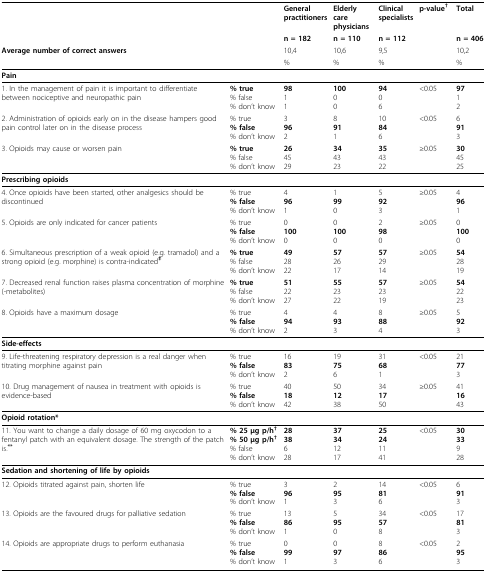
<table><thead><tr><td>[EMPTY_CELL]</td><td>[EMPTY_CELL]</td><td><b>General practitioners</b></td><td><b>Elderly care physicians</b></td><td><b>Clinical specialists</b></td><td><b>p-value<sup>†</sup></b></td><td><b>Total</b></td></tr><tr><td>[EMPTY_CELL]</td><td>[EMPTY_CELL]</td><td><b>n = 182</b></td><td><b>n = 110</b></td><td><b>n = 112</b></td><td>[EMPTY_CELL]</td><td><b>n = 406</b></td></tr><tr><td><b>Average number of correct answers</b></td><td>[EMPTY_CELL]</td><td><b>10,4</b></td><td><b>10,6</b></td><td><b>9,5</b></td><td>[EMPTY_CELL]</td><td><b>10,2</b></td></tr><tr><td>[EMPTY_CELL]</td><td>[EMPTY_CELL]</td><td><b>%</b></td><td><b>%</b></td><td><b>%</b></td><td>[EMPTY_CELL]</td><td><b>%</b></td></tr></thead><tbody><tr><td><b>Pain</b></td><td>[EMPTY_CELL]</td><td>[EMPTY_CELL]</td><td>[EMPTY_CELL]</td><td>[EMPTY_CELL]</td><td>[EMPTY_CELL]</td><td>[EMPTY_CELL]</td></tr><tr><td>1. In the management of pain it is important to differentiate between nociceptive and neuropathic pain</td><td><b>% true</b>% false% don't know</td><td><b>98</b>11</td><td><b>100</b>00</td><td><b>94</b>06</td><td>&lt;0.05</td><td><b>97</b>12</td></tr><tr><td>2. Administration of opioids early on in the disease hampers good pain control later on in the disease process</td><td>% true<b>% false</b>% don't know</td><td>3<b>96</b>2</td><td>8<b>91</b>1</td><td>10<b>84</b>6</td><td>&lt;0.05</td><td>6<b>91</b>3</td></tr><tr><td>3. Opioids may cause or worsen pain</td><td><b>% true</b>% false% don't know</td><td><b>26</b>4529</td><td><b>34</b>4323</td><td><b>35</b>4322</td><td>≥0.05</td><td><b>30</b>4525</td></tr><tr><td><b>Prescribing opioids</b></td><td>[EMPTY_CELL]</td><td>[EMPTY_CELL]</td><td>[EMPTY_CELL]</td><td>[EMPTY_CELL]</td><td>[EMPTY_CELL]</td><td>[EMPTY_CELL]</td></tr><tr><td>4. Once opioids have been started, other analgesics should be discontinued</td><td>% true<b>% false</b>% don't know</td><td>4<b>96</b>1</td><td>1<b>99</b>0</td><td>5<b>92</b>3</td><td>≥0.05</td><td>4<b>96</b>1</td></tr><tr><td>5. Opioids are only indicated for cancer patients</td><td>% true<b>% false</b>% don't know</td><td>0<b>100</b>0</td><td>0<b>100</b>0</td><td>2<b>98</b>0</td><td>≥0.05</td><td>0<b>100</b>0</td></tr><tr><td>6. Simultaneous prescription of a weak opioid (e.g. tramadol) and a strong opioid (e.g. morphine) is contra-indicated<sup><b>‡</b></sup></td><td><b>% true</b>% false% don't know</td><td><b>49</b>2822</td><td><b>57</b>2617</td><td><b>57</b>2914</td><td>≥0.05</td><td><b>54</b>2819</td></tr><tr><td>7. Decreased renal function raises plasma concentration of morphine(-metabolites)</td><td><b>% true</b>% false% don't know</td><td><b>51</b>2227</td><td><b>55</b>2322</td><td><b>57</b>2319</td><td>≥0.05</td><td><b>54</b>2223</td></tr><tr><td>8. Opioids have a maximum dosage</td><td>% true<b>% false</b>% don't know</td><td>4<b>94</b>2</td><td>4<b>93</b>3</td><td>8<b>88</b>4</td><td>≥0.05</td><td>5<b>92</b>3</td></tr><tr><td><b>Side-effects</b></td><td>[EMPTY_CELL]</td><td>[EMPTY_CELL]</td><td>[EMPTY_CELL]</td><td>[EMPTY_CELL]</td><td>[EMPTY_CELL]</td><td>[EMPTY_CELL]</td></tr><tr><td>9. Life-threatening respiratory depression is a real danger when titrating morphine against pain</td><td>% true<b>% false</b>% don't know</td><td>16<b>83</b>2</td><td>19<b>75</b>6</td><td>31<b>68</b>1</td><td>&lt;0.05</td><td>21<b>77</b>3</td></tr><tr><td>10. Drug management of nausea in treatment with opioids is evidence-based</td><td>% true<b>% false</b>% don't know</td><td>40<b>18</b>42</td><td>50<b>12</b>38</td><td>34<b>17</b>50</td><td>≥0.05</td><td>41<b>16</b>43</td></tr><tr><td><b>Opioid rotation*</b></td><td>[EMPTY_CELL]</td><td>[EMPTY_CELL]</td><td>[EMPTY_CELL]</td><td>[EMPTY_CELL]</td><td>[EMPTY_CELL]</td><td>[EMPTY_CELL]</td></tr><tr><td>11. You want to change a daily dosage of 60 mg oxycodon to a fentanyl patch with an equivalent dosage. The strength of the patch is.<sup><b>**</b></sup></td><td><b>% 25 μg p/h<sup>†</sup></b><b>% 50 μg p/h<sup>†</sup></b>% false% don't know</td><td><b>28</b><b>38</b>628</td><td><b>37</b><b>34</b>1217</td><td><b>25</b><b>24</b>1141</td><td>&lt;0.05</td><td><b>30</b><b>33</b>928</td></tr><tr><td><b>Sedation and shortening of life by opioids</b></td><td>[EMPTY_CELL]</td><td>[EMPTY_CELL]</td><td>[EMPTY_CELL]</td><td>[EMPTY_CELL]</td><td>[EMPTY_CELL]</td><td>[EMPTY_CELL]</td></tr><tr><td>12. Opioids titrated against pain, shorten life</td><td>% true<b>% false</b>% don't know</td><td>3<b>96</b>1</td><td>2<b>95</b>3</td><td>14<b>81</b>6</td><td>&lt;0.05</td><td>6<b>91</b>3</td></tr><tr><td>13. Opioids are the favoured drugs for palliative sedation</td><td>% true<b>% false</b>% don't know</td><td>13<b>86</b>1</td><td>5<b>95</b>0</td><td>34<b>57</b>8</td><td>&lt;0.05</td><td>17<b>81</b>3</td></tr><tr><td>14. Opioids are appropriate drugs to perform euthanasia</td><td>% true<b>% false</b>% don't know</td><td>0<b>99</b>1</td><td>0<b>97</b>3</td><td>8<b>86</b>6</td><td>&lt;0.05</td><td>2<b>95</b>3</td></tr></tbody></table>